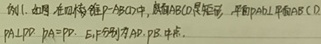
例1. 如图，在四棱锥 \(P - ABCD\) 中，底面 \(ABCD\) 是矩形，平面 \(PAD\perp\) 平面 \(ABCD\)，\(O\) 是 \(AD\) 中点，\(\angle APD = 90^{\circ}\)，\(PA = PD\)，\(E,F\) 分别为 \(AB,PB\) 中点。